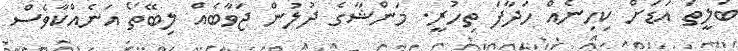
ބަލީތަ އަޑަށް ކިހިނެއް ހަދާފަ ތިހުރީ. މަންޝާގެ ދުލުން ޖަވާބެއް ލިބޭތޯ އަނެއްކާވެސް